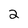
Character: 2